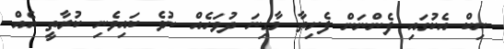
ނިކް އެކުގައިި ފެންނަން ފެށިތާ މާގިނަ ދުވަހެއް ނުވެ ކައިވެނި ކުރާތީ އެއް